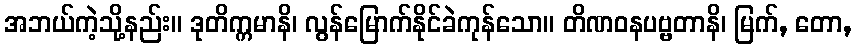
အဘယ်ကဲ့သို့နည်း။ ဒုတိက္ကမာနိ၊ လွန်မြောက်နိုင်ခဲကုန်သော။ တိဏဝနပဗ္ဗတာနိ၊ မြက်, တော,